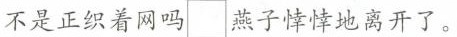
不是正织着网吗\Box燕子悻悻地离开了。